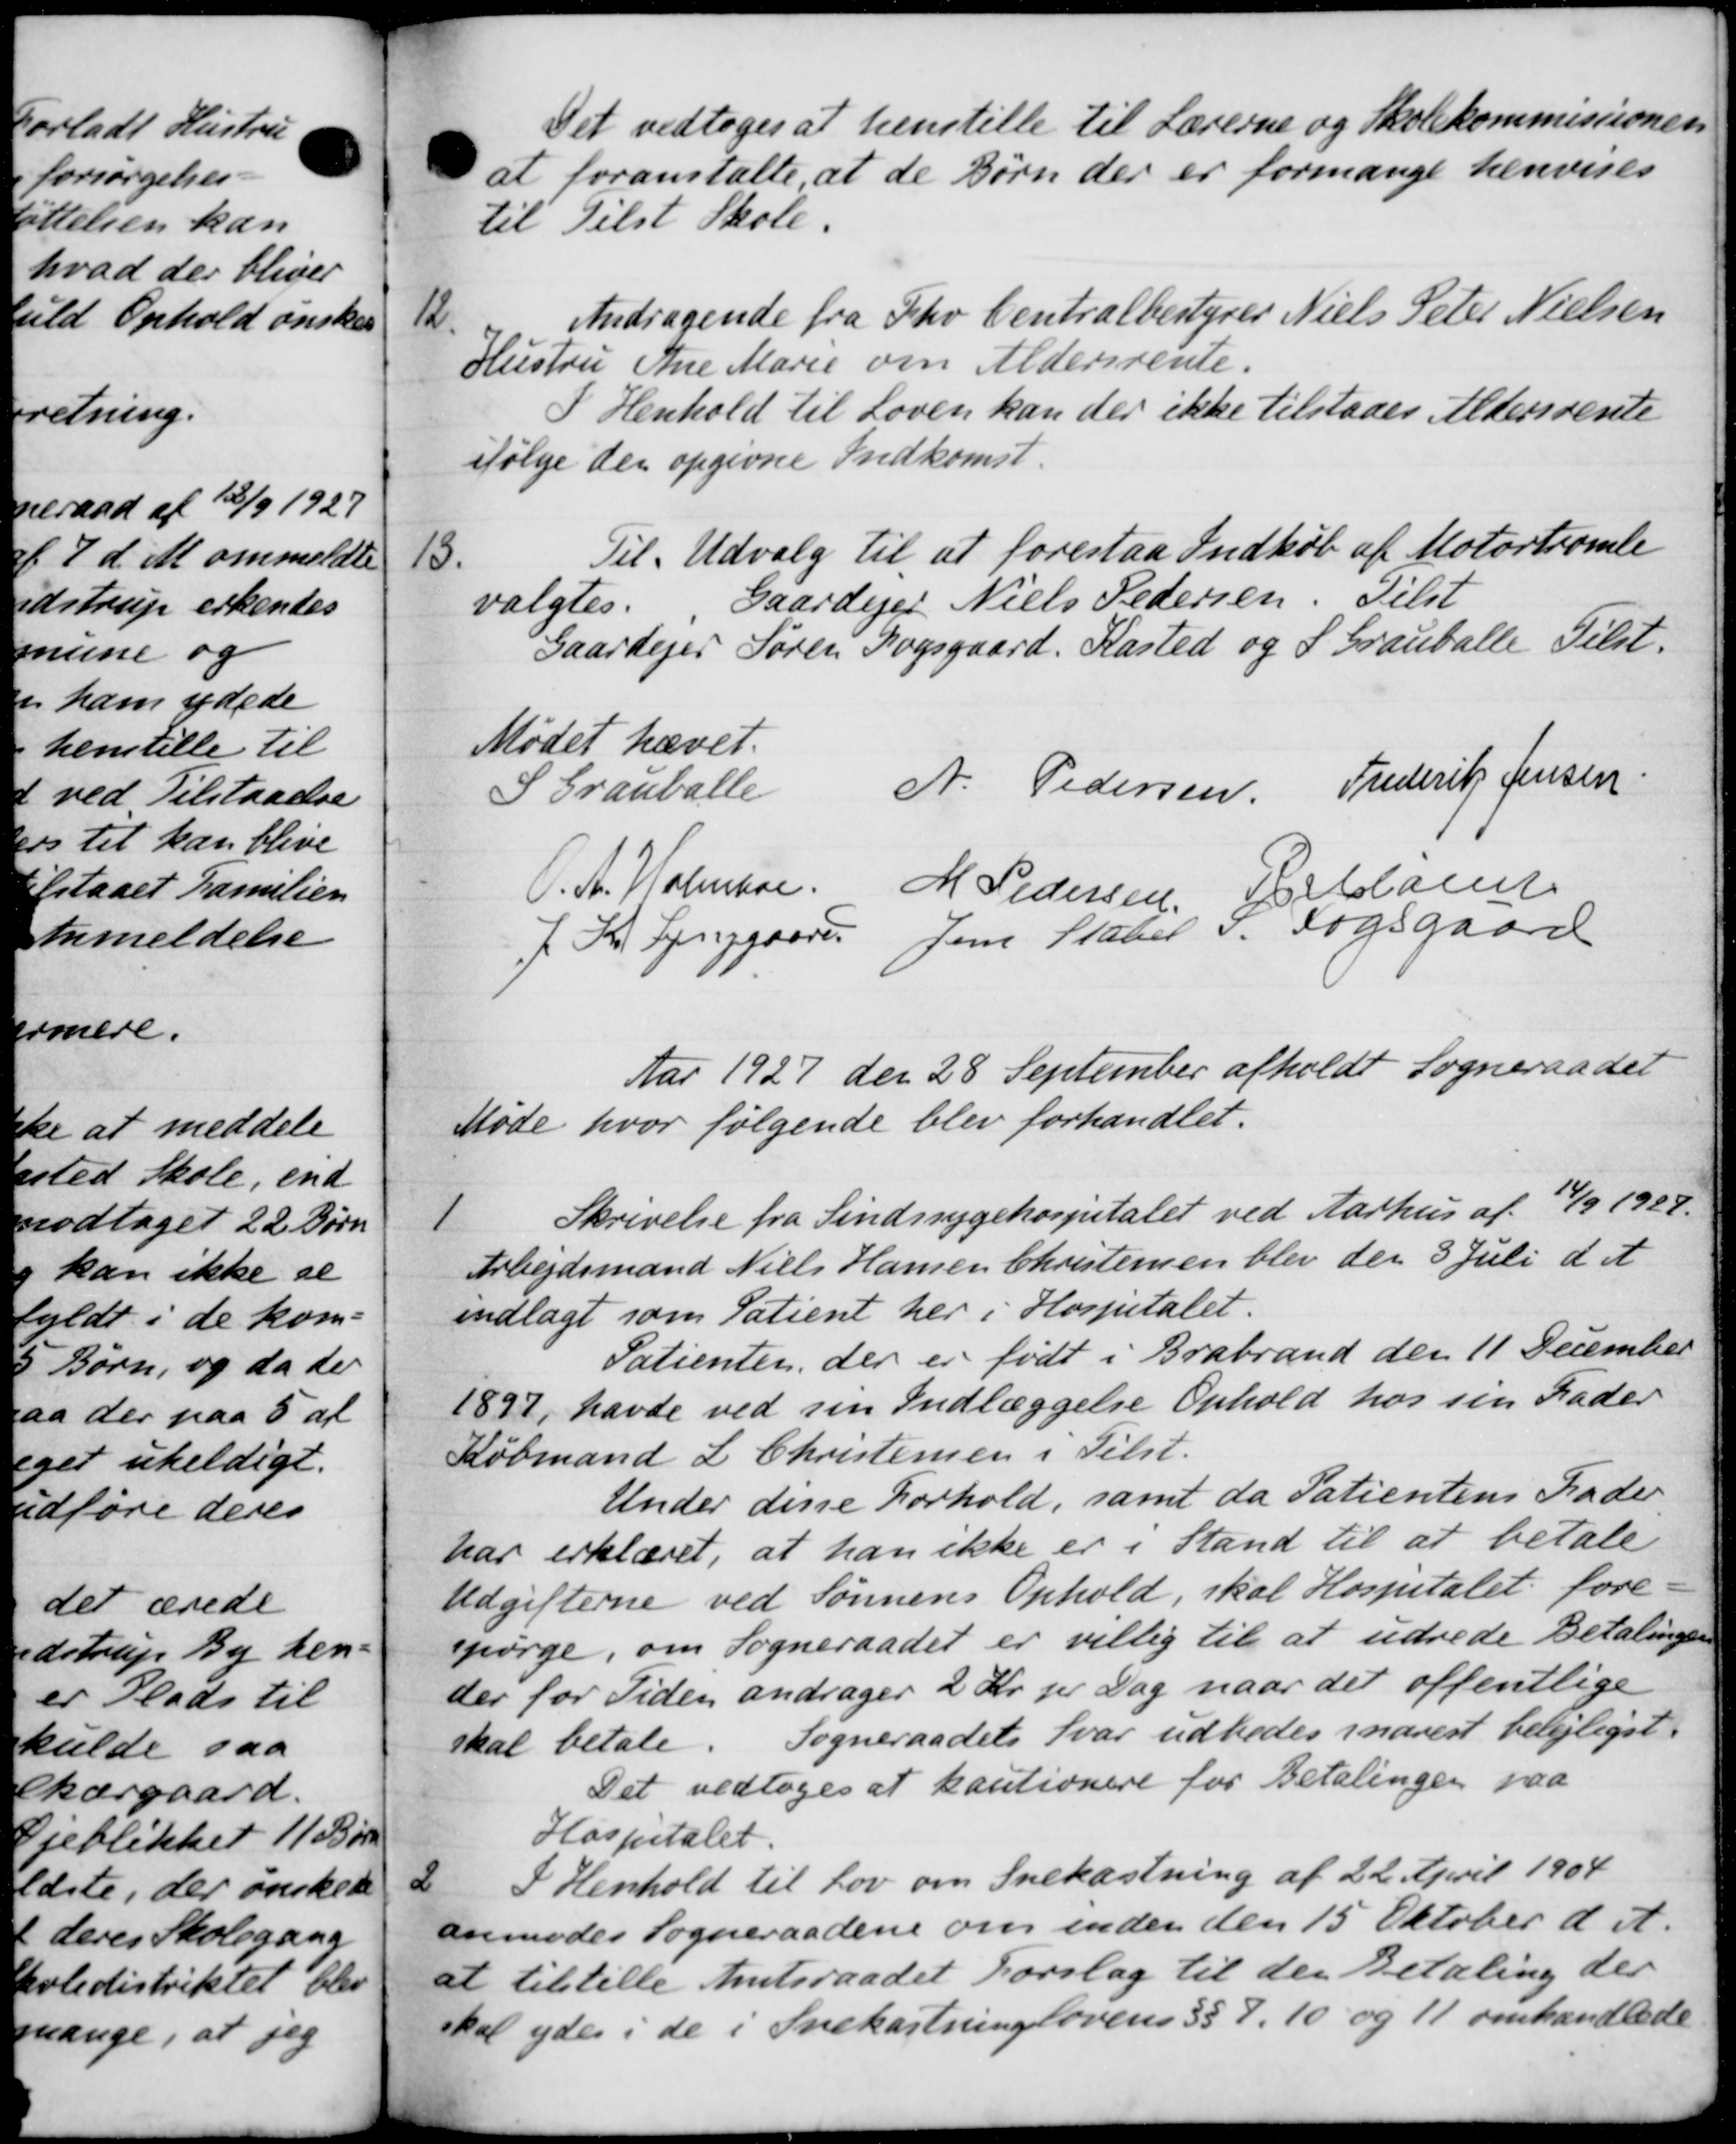
Transskription:
Det vedtoges at henstille til Lærerne og Skolekommissionen
at foranstalte, at de Børn der er formange henvises
til Tilst Skole.
12
Andragende fra Fhv Centralbestyrer Niels Peter Nielsen
Hustru Ane Marie om Aldersrente.
I Henhold til Loven kan der ikke tilstaaes Aldersrente
følge der opgivne Indkomst.
13
Til Udvalg til at foreslaa Indkøb af Motortromle
valgtes.
Gaardejer Niels Pedersen. Tilst
Gaardejer Søren Fogsgaard, Kasted og S. Grauballe Tilst.
Mødet hævet.
S Grauballe
A. Pedersen. Frederik Jensen
O. A. Holmbre. M Pedersen, Reklame
7 Kr. Lynggaard Jens Stabel S. Fogsgaard
Aar 1927 den 28 September afholdt Sogneraadet
øde hvor følgende blev forhandlet.
1
Skrivelse fra Sindssygehospitalet ved Aarhus af 14/9 1928.
Arbejdsmand Niels Hansen Christensen blev den 3 Juli d A
indlagt som Patient her i Hospitalet.
Patienten, der er født i Brabrand den 11 December
1897, havde ved sin Indlæggelse Ophold hos sin Fader
Købmand L. Christensen i Tilst.
Under disse Forhold, samt da Patientens Fader
har erklæret, at han ikke er i Stand til at betale
Udgifterne ved Sønnens Ophold, skal Hospitalet fore-
spørge, om Sogneraadet er villig til at udrede Betalingen
der for Tiden andrager 2 Kr. pr. Dag naar det offentlige
skal betale.
Sogneraadets Svar udbedes snarest belejligst.
Det vedtoges at kautionere for Betalingen paa
Hospitalet.
2
I Henhold til lov om Snekastning af 22 April 1904
anmodes Sogneraadene om inden den 15 Oktober d. A.
at tilstille Amtsraadet Forslag til den Betaling der
skal ydes i de i Snekastningslovens §§ 7. 10 og 11 omhandlede